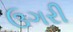
ઉગરી